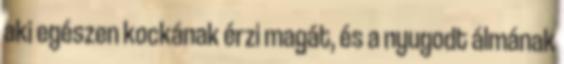
aki egészen kockának érzi magát, és a nyugodt álmának